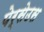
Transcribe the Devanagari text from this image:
पेर्सेउस